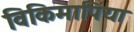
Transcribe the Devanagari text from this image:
विकिमापिया